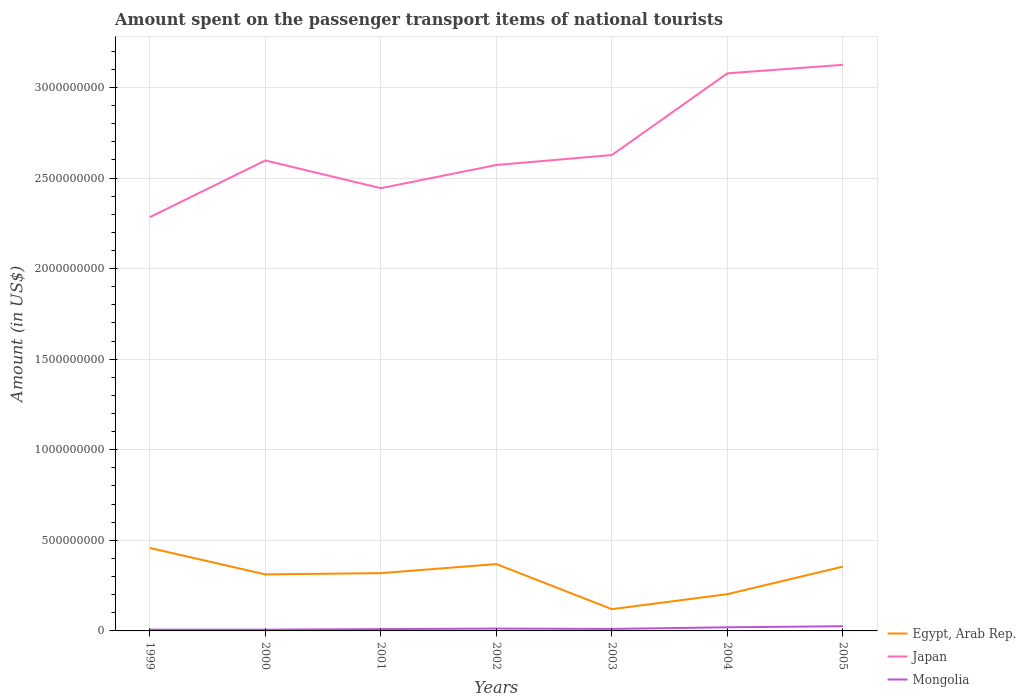
| Years | Egypt, Arab Rep. | Japan | Mongolia |
 | --- | --- | --- | --- |
 | 1999 | 4.58e+08 | 2.28e+09 | 7e+06 |
 | 2000 | 3.12e+08 | 2.6e+09 | 7e+06 |
 | 2001 | 3.19e+08 | 2.44e+09 | 1e+07 |
 | 2002 | 3.69e+08 | 2.57e+09 | 1.3e+07 |
 | 2003 | 1.2e+08 | 2.63e+09 | 1.1e+07 |
 | 2004 | 2.03e+08 | 3.08e+09 | 2e+07 |
 | 2005 | 3.55e+08 | 3.12e+09 | 2.6e+07 |